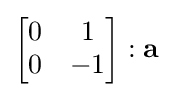
{\begin{bmatrix}0&1\\0&-1\end{bmatrix}}:\mathbf {a}